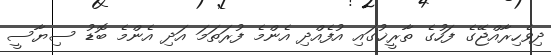
ދިވެހިރާއްޖޭގެ ފަހުގެ ތާރީޚުގައި އުފެއްދި އެންމެ ފުރަތަމަ އަދި އެންމެ ބޮޑު ސިޔާސީ